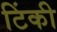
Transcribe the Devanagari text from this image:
टिंकी